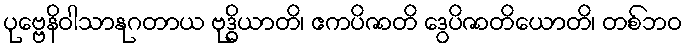
ပုဗ္ဗေနိဝါသာနုဂတာယ ဗုဒ္ဓိယာတိ၊ ဧကပိဇာတိ ဒွေပိဇာတိယောတိ၊ တစ်ဘဝ